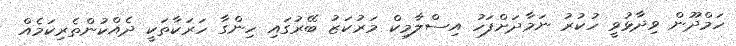
ހަމްދޫން ވިދާޅުވީ ހުކުރު ނަމާދަށްފަހު އިސްލާމިކް މަރުކަޒު ބޭރުގައި ހިންގާ ހަރަކާތަކީ ދެއްކުންތެރިކަމެއް